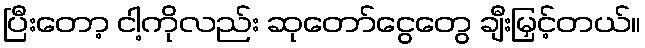
ပြီးတော့ ငါ့ကိုလည်း ဆုတော်ငွေတွေ ချီးမြှင့်တယ်။